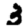
Digit: 3